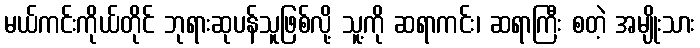
မယ်ကင်းကိုယ်တိုင် ဘုရားဆုပန်သူဖြစ်လို့ သူ့ကို ဆရာကင်း၊ ဆရာကြီး စတဲ့ အမျိုးသား